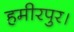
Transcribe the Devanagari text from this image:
हमीरपुर।